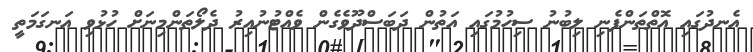
އެނދުގައި އޮތްތަންފެނި ލިބުނު ސިހުމުގައި އަތުން ދަބަސްދޫވެގެން ވެއްޓުނުއިރު ދެލޯތަންމިނަށް ހުޅުވި އަނގަމަތީ